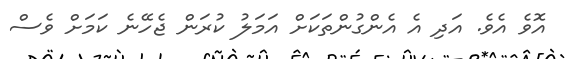
އޮވެ އެވެ. އަދި އެ އެންގުންތަކަށް އަމަލު ކުރަން ޖެހޭނެ ކަމަށް ވެސް